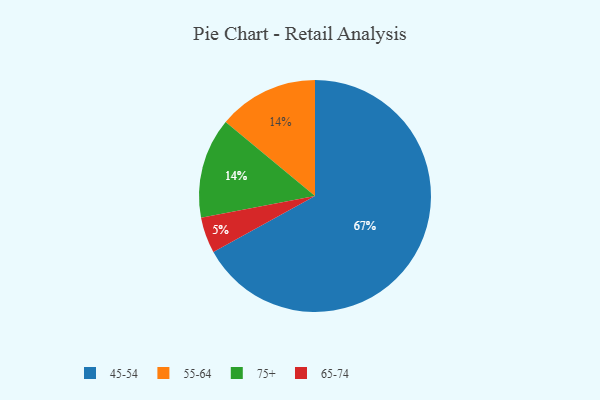
{"axis": {"x": "Category", "y": "Percentage"}, "legend": ["45-54", "55-64", "65-74", "75+"], "data": [{"x": "55-64", "y": 14, "type": "55-64"}, {"x": "65-74", "y": 5, "type": "65-74"}, {"x": "75+", "y": 14, "type": "75+"}, {"x": "45-54", "y": 67, "type": "45-54"}]}